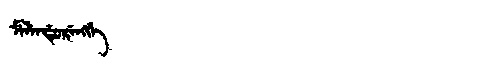
Manchu: ᠮᡝᠯᡝᠨᡩᡠᡵᡝᠩᡤᡝ
Romanization: MELENDURENGGE